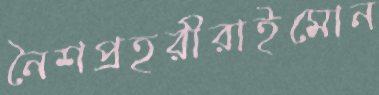
নৈশপ্রহরীরাইমোন